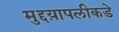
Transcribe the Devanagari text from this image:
मुद्दय़ापलीकडे